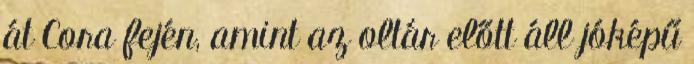
át Cora fején, amint az oltár előtt áll jóképű